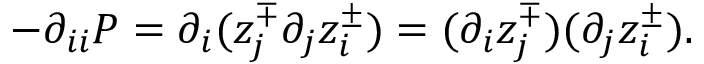
- \partial _ { i i } P = \partial _ { i } ( z _ { j } ^ { \mp } \partial _ { j } z _ { i } ^ { \pm } ) = ( \partial _ { i } z _ { j } ^ { \mp } ) ( \partial _ { j } z _ { i } ^ { \pm } ) .